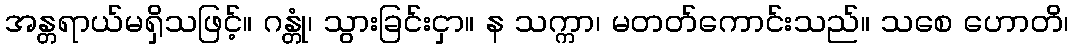
အန္တရာယ်မရှိသဖြင့်။ ဂန္တုံ၊ သွားခြင်းငှာ။ န သက္ကာ၊ မတတ်ကောင်းသည်။ သစေ ဟောတိ၊